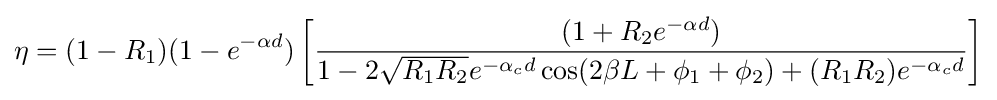
\eta =(1-R_{1})(1-e^{-\alpha d})\left[{\frac {(1+R_{2}e^{-\alpha d})}{1-2{\sqrt {R_{1}R_{2}}}e^{-\alpha _{c}d}\cos(2\beta L+\phi _{1}+\phi _{2})+(R_{1}R_{2})e^{-\alpha _{c}d}}}\right]